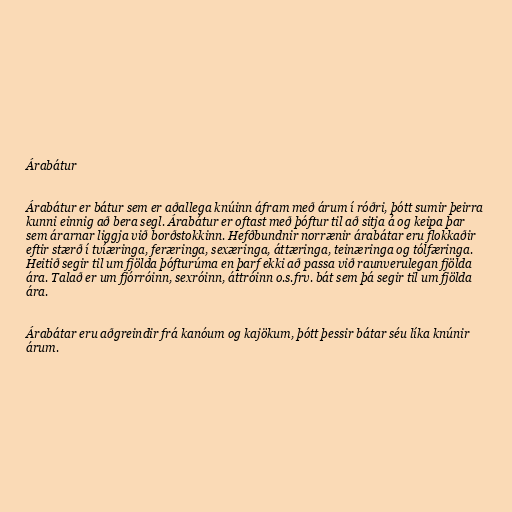
Árabátur

Árabátur er bátur sem er aðallega knúinn áfram með árum í róðri, þótt sumir þeirra
kunni einnig að bera segl. Árabátur er oftast með þóftur til að sitja á og keipa þar
sem árarnar liggja við borðstokkinn. Hefðbundnir norrænir árabátar eru flokkaðir
eftir stærð í tvíæringa, feræringa, sexæringa, áttæringa, teinæringa og tólfæringa.
Heitið segir til um fjölda þófturúma en þarf ekki að passa við raunverulegan fjölda
ára. Talað er um fjórróinn, sexróinn, áttróinn o.s.frv. bát sem þá segir til um fjölda
ára.

Árabátar eru aðgreindir frá kanóum og kajökum, þótt þessir bátar séu líka knúnir
árum.